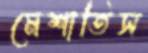
মেশাতিস